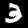
Label: 3